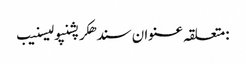
:متعلقہ عنوان سندھکرپشنپولیسنیب